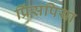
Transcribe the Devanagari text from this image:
प्रिंसपिया